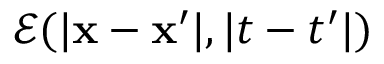
\mathcal { E } ( | \mathbf { x } - \mathbf { x } ^ { \prime } | , | t - t ^ { \prime } | )